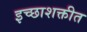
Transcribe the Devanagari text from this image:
इच्छाशक्तीत